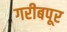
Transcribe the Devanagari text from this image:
गरीबपूर